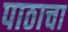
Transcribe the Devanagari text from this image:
पाठाचा